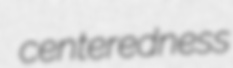
centeredness